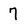
Character: 7